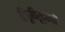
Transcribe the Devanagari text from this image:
टिपूविरूद्धची